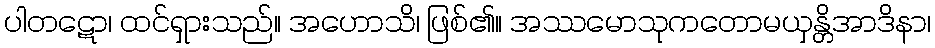
ပါတဋော၊ ထင်ရှားသည်။ အဟောသိ၊ ဖြစ်၏။ အဿမောသုကတောမယှန္တိအာဒိနာ၊